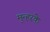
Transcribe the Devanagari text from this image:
मुन्हरके